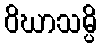
ဝိဃာသမ္ပိ